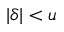
| \delta | < u